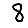
Digit: 8